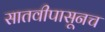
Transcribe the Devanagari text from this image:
सातवीपासूनच